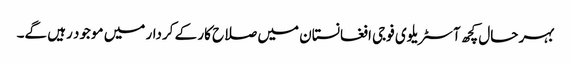
بہر حال کچھ آسٹریلوی فوجی افغانستان میں صلاح کار کے کردار میں موجود رہیں گے۔